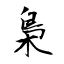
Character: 梟